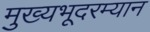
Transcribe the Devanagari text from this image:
मुख्यभूदरम्यान